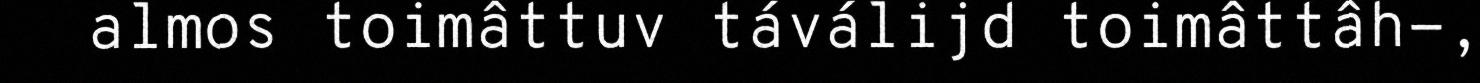
almos toimâttuv táválijd toimâttâh-,